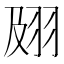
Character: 𰭟